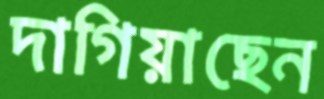
দাগিয়াছেন